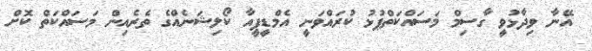
އޭނާ ވިދާޅުވީ ގާސިމް މަސައްކަތްޕުޅު ކުރައްވަނީ އެމްޑީޕީއާ ކޯލިޝަނެއްގެ ތެރެއިން މަސައްކަތް ކޮށް